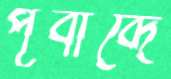
পূর্বাব্দে